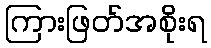
ကြားဖြတ်အစိုးရ